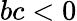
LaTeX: bc<0